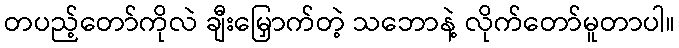
တပည့်တော်ကိုလဲ ချီးမြှောက်တဲ့ သဘောနဲ့ လိုက်တော်မူတာပါ။